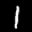
Label: 1